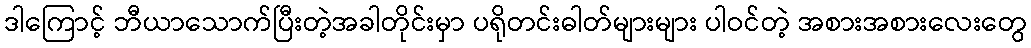
ဒါကြောင့် ဘီယာသောက်ပြီးတဲ့အခါတိုင်းမှာ ပရိုတင်းဓါတ်များများ ပါဝင်တဲ့ အစားအစားလေးတွေ